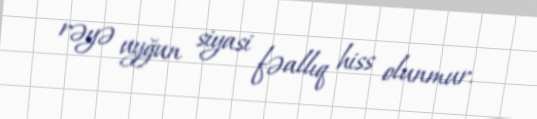
rəyə uyğun siyasi fəallıq hiss olunmur.